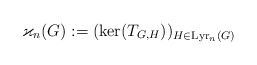
\begin{align*}\varkappa_n(G):=(\ker(T_{G,H}))_{H\in\mathrm{Lyr}_n(G)}\end{align*}